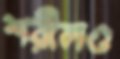
শরীলও